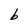
Character: b